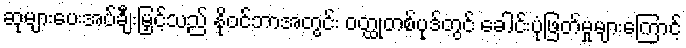
ဆုများပေးအပ်ချီးမြှင့်သည် နိုဝင်ဘာအတွင်း ဝတ္ထုတစ်ပုဒ်တွင် ခေါင်းပုံဖြတ်မှုများကြောင့်